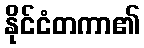
နိုင်ငံတကာ၏